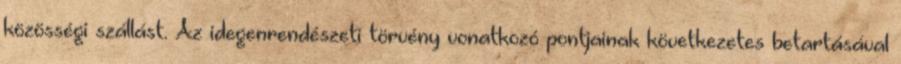
közösségi szállást. Az idegenrendészeti törvény vonatkozó pontjainak következetes betartásával